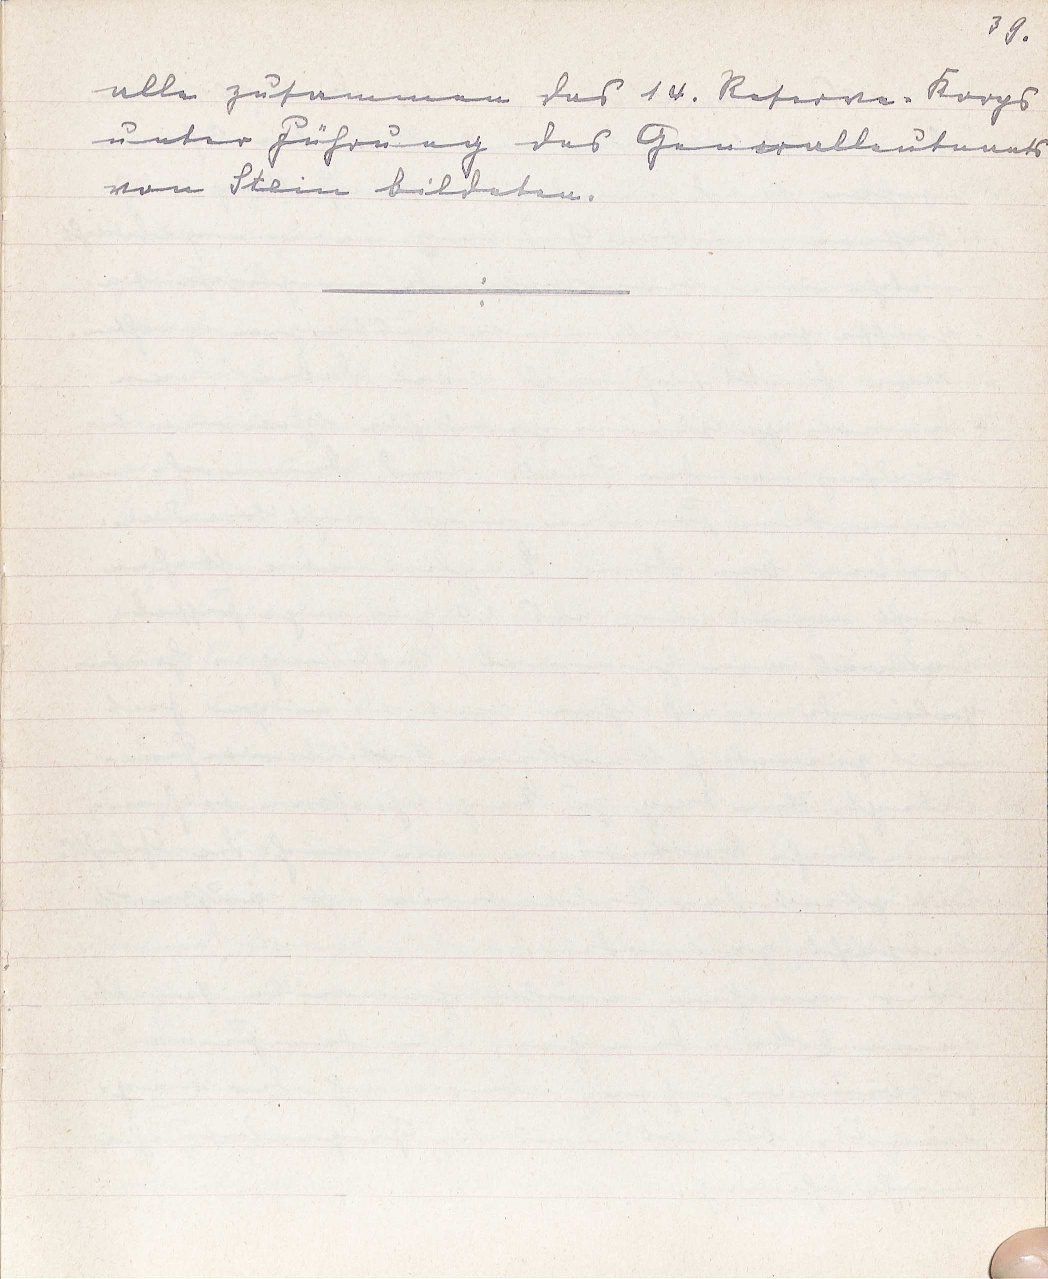
39.
alle zusammen das 14. Reserve-Korps
unter Führung des Generalleutnants
von Stein bildeten.